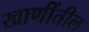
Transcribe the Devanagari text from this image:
खाणींतील